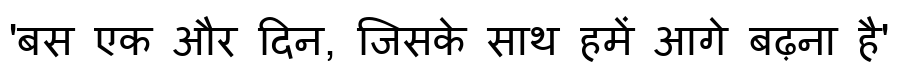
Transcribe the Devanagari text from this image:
'बस एक और दिन, जिसके साथ हमें आगे बढ़ना है'